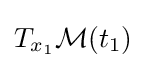
T_{x_{1}}{\mathcal {M}}(t_{1})